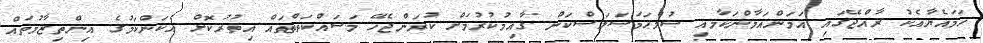
ހަމައެޔާއެކު ރާއްޖޭގައި އަމަންއަމާންކަމާއި ޞުލްޙަމަސަލަސްކަން ޤާއިމުކުރުމަށް ކުރަންޖެހޭ މަސައްކަތްތައް އިތުރުކޮށް އެކަންކަމުގެ އިންތިޒާމުތައް